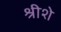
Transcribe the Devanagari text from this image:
श्रीशे